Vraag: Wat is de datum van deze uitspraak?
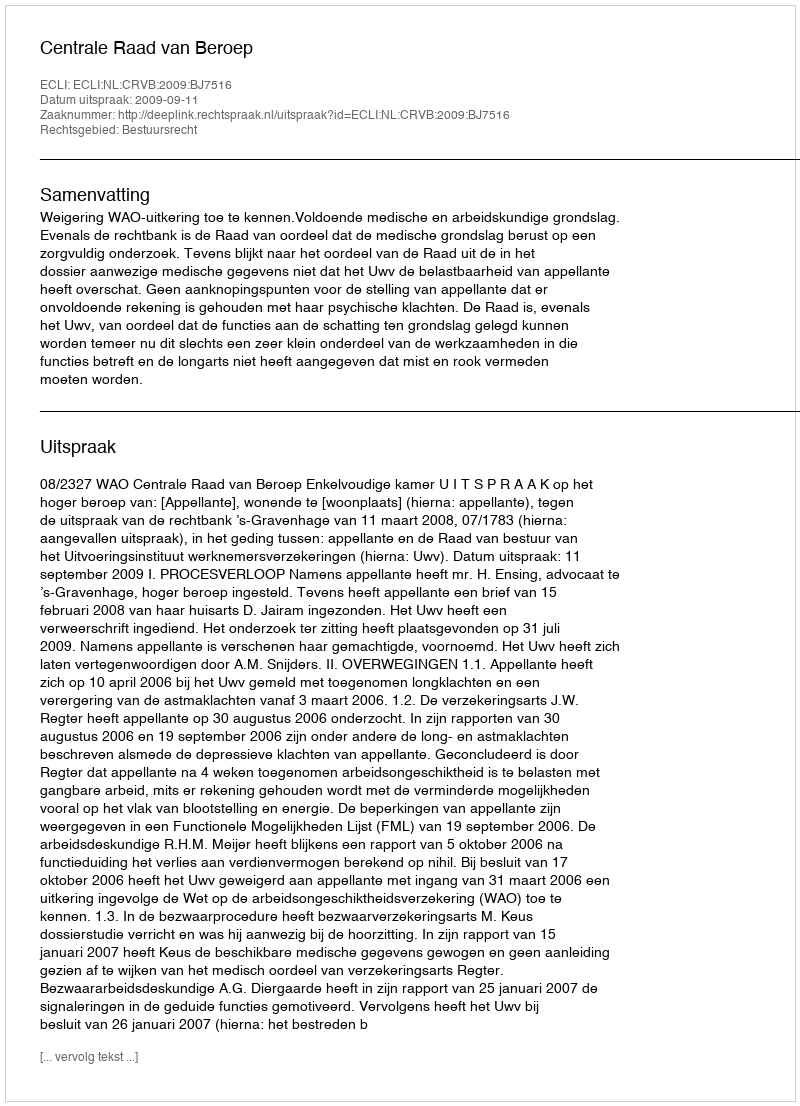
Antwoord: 2009-09-11